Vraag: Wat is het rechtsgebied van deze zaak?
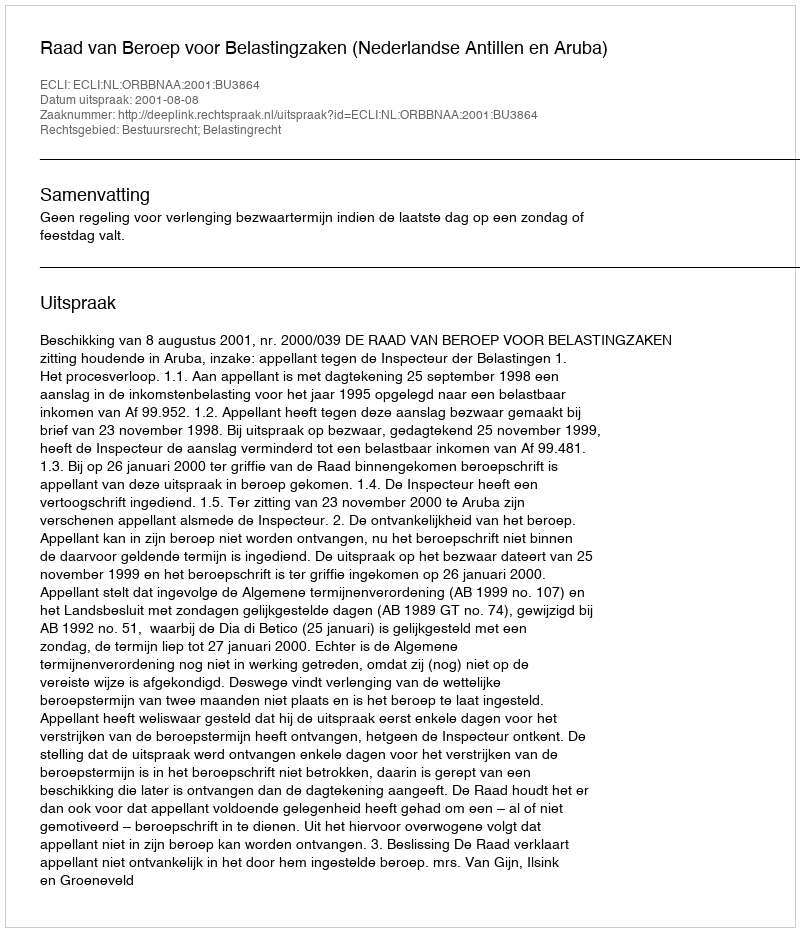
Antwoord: Bestuursrecht; Belastingrecht